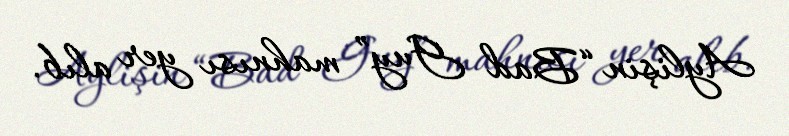
Aylişin “Bad Guy” mahnısı yer alıb.